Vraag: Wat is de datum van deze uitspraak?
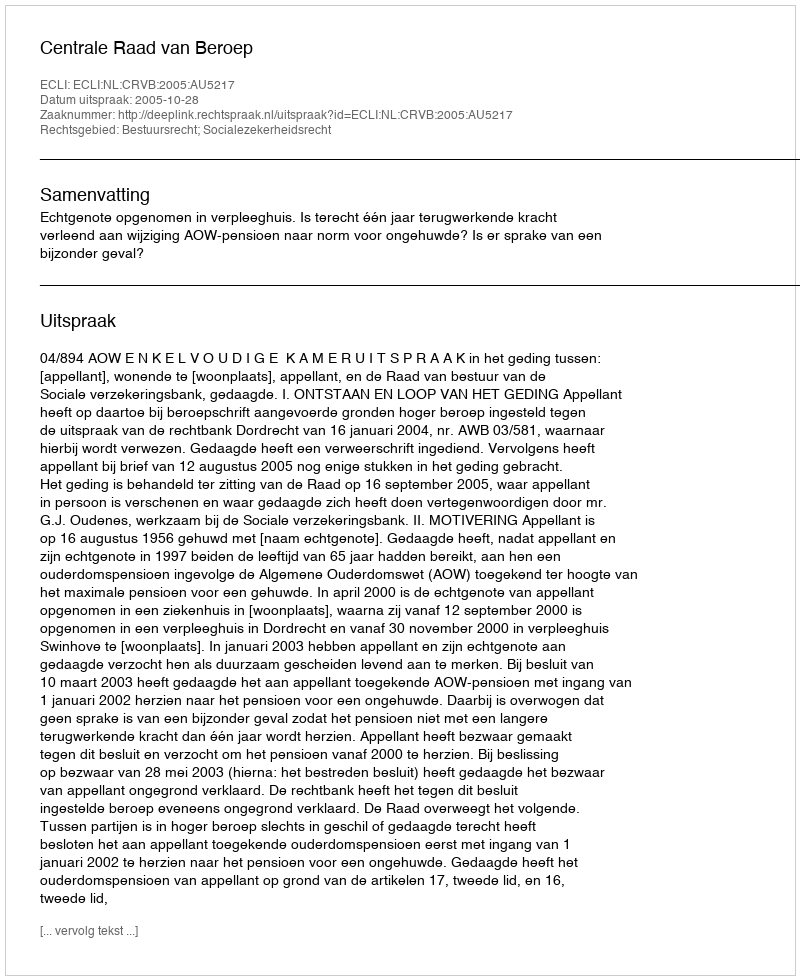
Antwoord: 2005-10-28